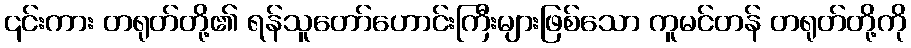
၎င်းကား တရုတ်တို့၏ ရန်သူတော်ဟောင်းကြီးများဖြစ်သော ကူမင်တန် တရုတ်တို့ကို